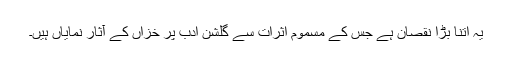
یہ اتنا بڑا نقصان ہے جس کے مسموم اثرات سے گلشن ادب پر خزاں کے آثار نمایاں ہیں۔